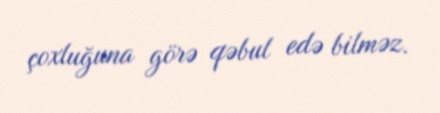
çoxluğuna görə qəbul edə bilməz.